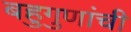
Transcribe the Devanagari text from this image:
बहुगुणांची